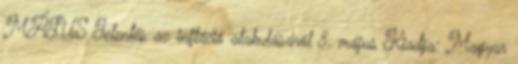
MÁJUS Jelentés az infláció alakulásáról 8. május Kiadja: Magyar